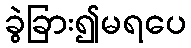
ခွဲခြား၍မရပေ